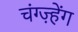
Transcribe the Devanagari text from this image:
चंग्ज़्हेंग